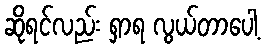
ဆိုရင်လည်း ရှာရ လွယ်တာပေါ့